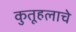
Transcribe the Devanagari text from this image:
कुतूहलाचे